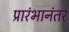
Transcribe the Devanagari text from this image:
प्रारंभानंतर